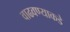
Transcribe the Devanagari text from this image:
वाढवण्याकडे